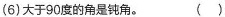
(6)大于90度的角是钝角。（）